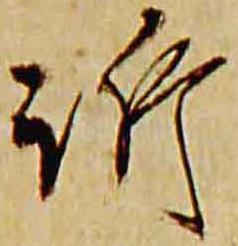
訴